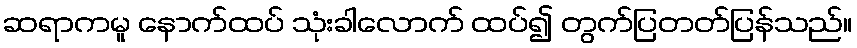
ဆရာကမူ နောက်ထပ် သုံးခါလောက် ထပ်၍ တွက်ပြတတ်ပြန်သည်။